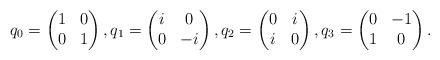
LaTeX: \begin{align*}q_0=\begin{pmatrix} 1 & 0 \\ 0 & 1 \end{pmatrix}, q_1=\begin{pmatrix} i & 0 \\ 0 & -i \end{pmatrix}, q_2= \begin{pmatrix} 0 & i \\ i & 0 \end{pmatrix}, q_3= \begin{pmatrix} 0 & -1 \\ 1 & 0 \end{pmatrix}. \end{align*}